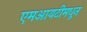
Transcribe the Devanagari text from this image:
एमआयटीमधून